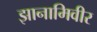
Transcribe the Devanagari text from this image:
झानामिवीर